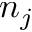
n _ { j }